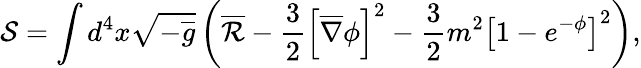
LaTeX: \mathcal{S}=\int{d^{4}x\sqrt{-\overline{{{g}}}}\left(\overline{{{\mathcal{R}}}}-\frac{3}{2}\left[\overline{{{\nabla}}}\phi\right]^{2}-\frac{3}{2}m^{2}\left[1-e^{-\phi}\right]^{2}\right)},